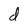
Character: d